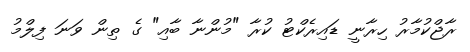
ރާޖްކުމާރު ހިރާނީ ޑައިރެކްޓު ކުރާ "މުންނާ ބާއި" ގެ ތިން ވަނަ ފިލްމު